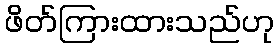
ဖိတ်ကြားထားသည်ဟု